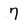
Character: 7